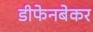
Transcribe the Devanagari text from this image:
डीफेनबेकर